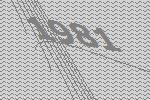
1981